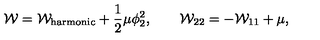
{ \cal W } = { \cal W } _ { \mathrm { h a r m o n i c } } + \frac { 1 } { 2 } \mu \phi _ { 2 } ^ { 2 } , \qquad { \cal W } _ { 2 2 } = - { \cal W } _ { 1 1 } + \mu ,